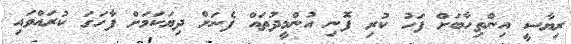
ރިޔާސީ އިންތިހާބަށް ފަހު ކުރި ފޮނި އުންމީދުތައް ފެނަށް ދިޔަކަމަށް ފާހަގަ ކުރައްވައި